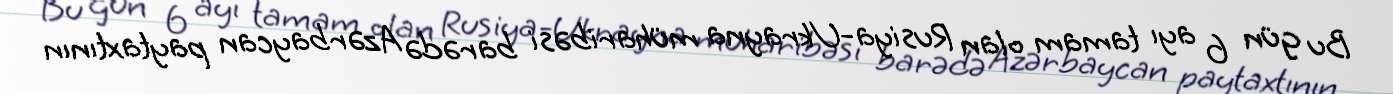
Bu gün 6 ayı tamam olan Rusiya-Ukrayna müharibəsi barədə Azərbaycan paytaxtının